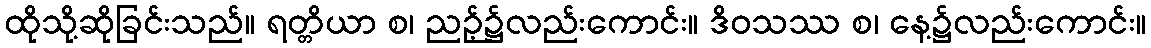
ထိုသို့ဆိုခြင်းသည်။ ရတ္တိယာ စ၊ ညဉ့်၌လည်းကောင်း။ ဒိဝသဿ စ၊ နေ့၌လည်းကောင်း။